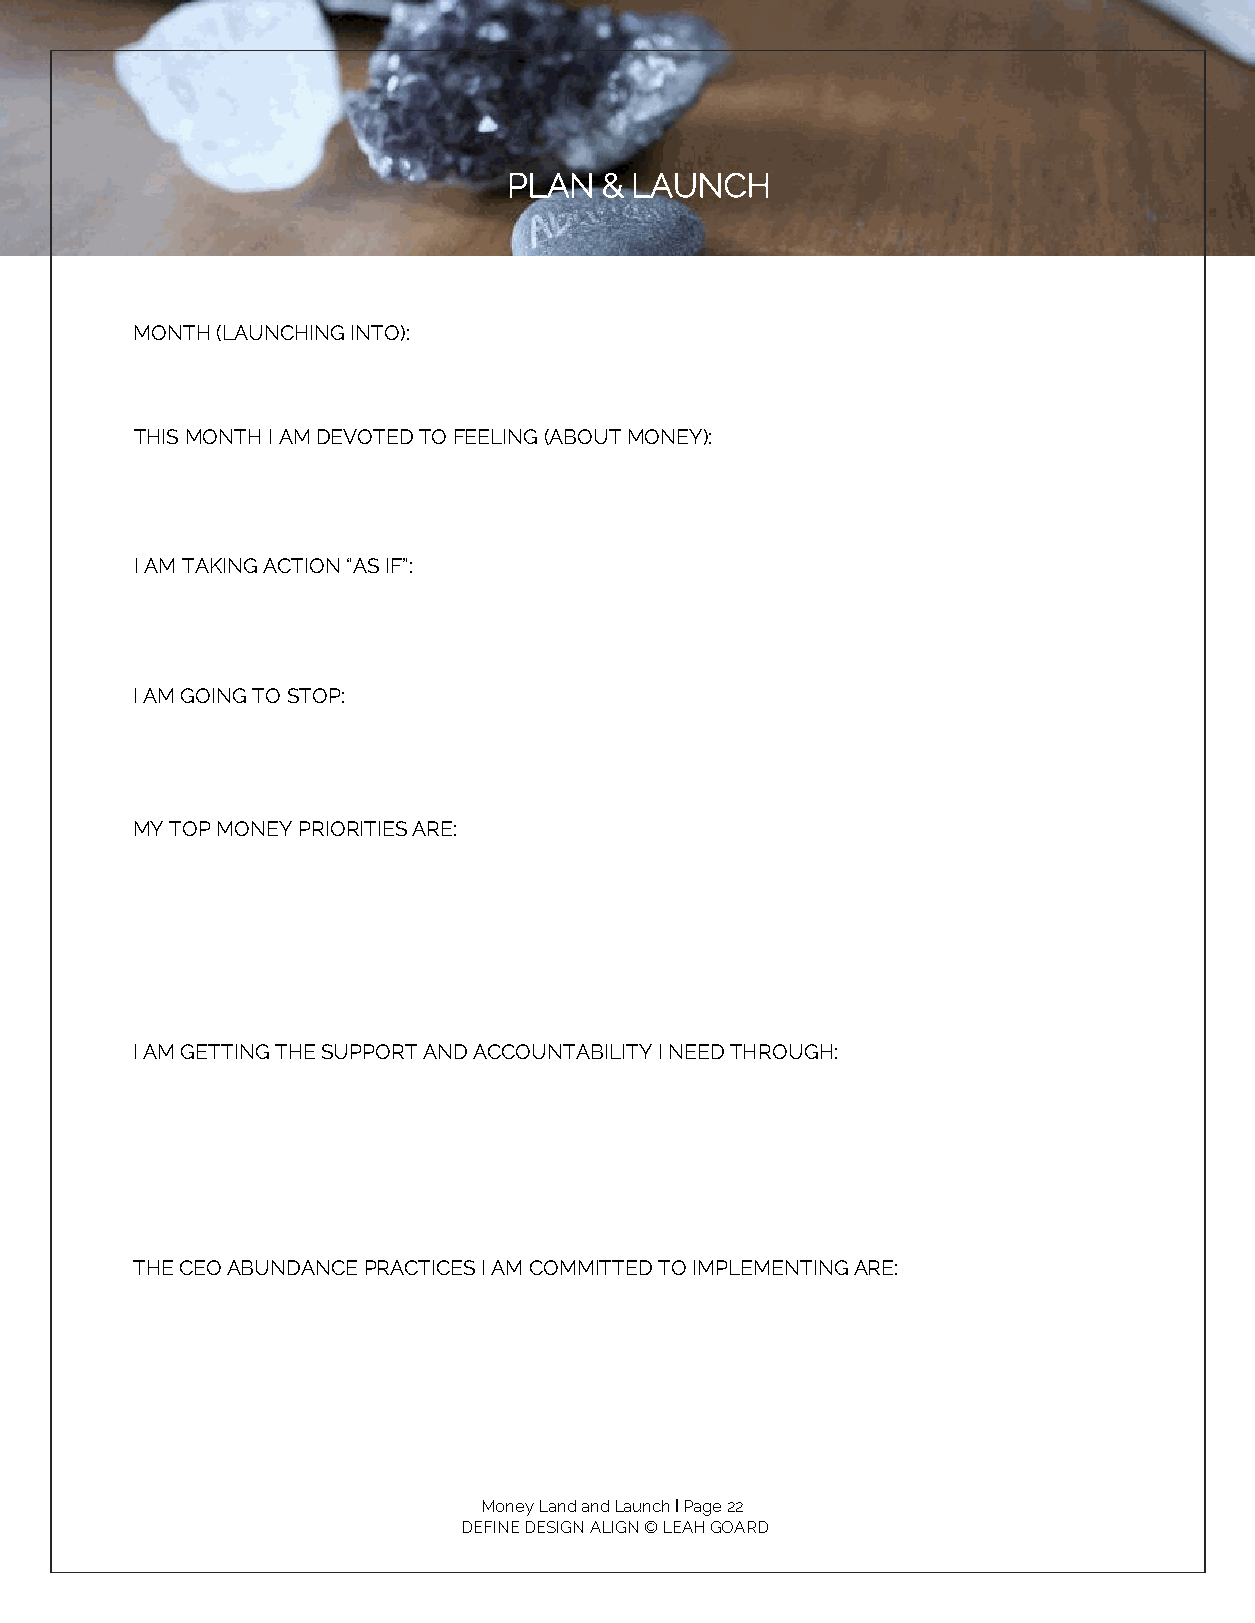
PLAN  & LAUNCH
 MONTH (LAUNCHING INTO):
 THIS MONTH I AM DEVOTED TO FEELING (ABOUT MONEY):
 I AM TAKING ACTION “AS IF”:
 I AM GOING TO STOP:
 MY TOP MONEY PRIORITIES ARE:
 I AM GETTING THE SUPPORT AND ACCOUNTABILITY I NEED THROUGH:
 THE CEO ABUNDANCE PRACTICES I AM COMMITTED TO IMPLEMENTING ARE:
 Money Land and Launch I Page 22
 DEFINE DESIGN ALIGN © LEAH GOARD